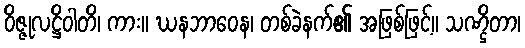
ဝိဇ္ဇုလဋ္ဌိဝါတိ၊ ကား။ ဃနဘာဝေန၊ တစ်ခဲနက်၏ အဖြစ်ဖြင့်။ သဏ္ဌိတာ၊